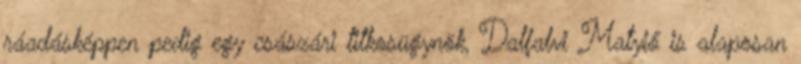
ráadásképpen pedig egy császári titkosügynök, Dalfalvi Matyiő is alaposan